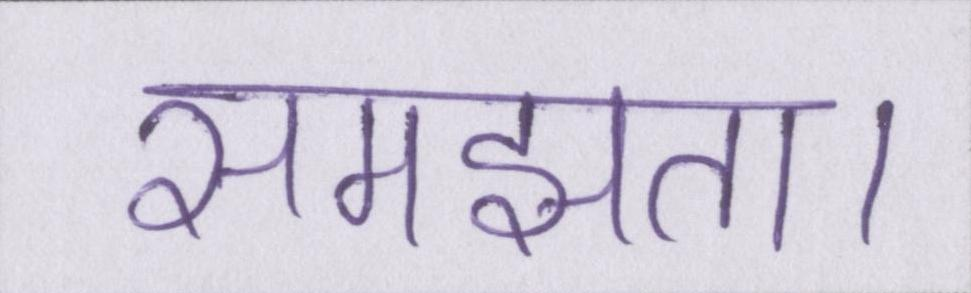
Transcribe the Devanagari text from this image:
समझता।